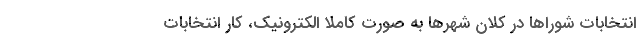
انتخابات شوراها در کلان شهرها به صورت کاملا الکترونیک، کار انتخابات